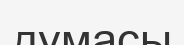
думасы